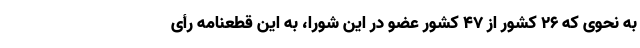
به نحوی که 26 کشور از 47 کشور عضو در این شورا، به این قطعنامه رأی